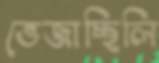
ভেজাচ্ছিলি